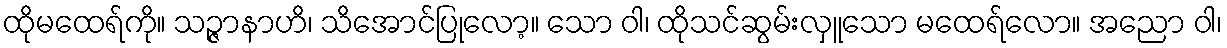
ထိုမထေရ်ကို။ သဉ္ဇာနာဟိ၊ သိအောင်ပြုလော့။ သော ဝါ၊ ထိုသင်ဆွမ်းလှူသော မထေရ်လော။ အညော ဝါ၊